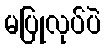
မပြုလုပ်ပဲ